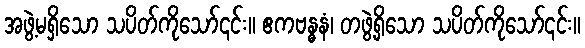
အဖွဲ့မရှိသော သပိတ်ကိုသော်၎င်း။ ဧကဗန္ဓနံ၊ တဖွဲ့ရှိသော သပိတ်ကိုသော်၎င်း။